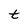
Character: t